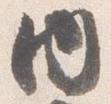
内